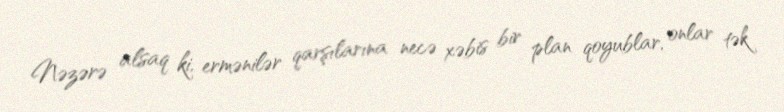
Nəzərə alsaq ki, ermənilər qarşılarına necə xəbis bir plan qoyublar, onlar tək